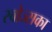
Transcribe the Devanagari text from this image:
स्वोज्सका